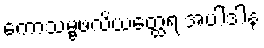
ကောသမ္ဗဖလိယတ္ထေရ အပါဒါန